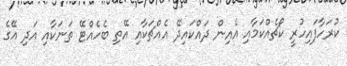
ކުރަހާފައިހުރީ ކޯޗެއްކަމާއި އެއިން ދައްކައިދޭ އެއްޗަކާއި އޭތި ބެހެއްޓޭ ތަނަކާއި އަދި އޭގެ